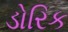
ડોરિક